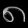
Digit: ၈